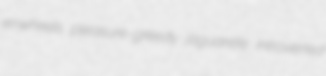
enwheels pleasure-greedy jaguarete introverted